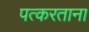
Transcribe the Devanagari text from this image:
पत्करताना